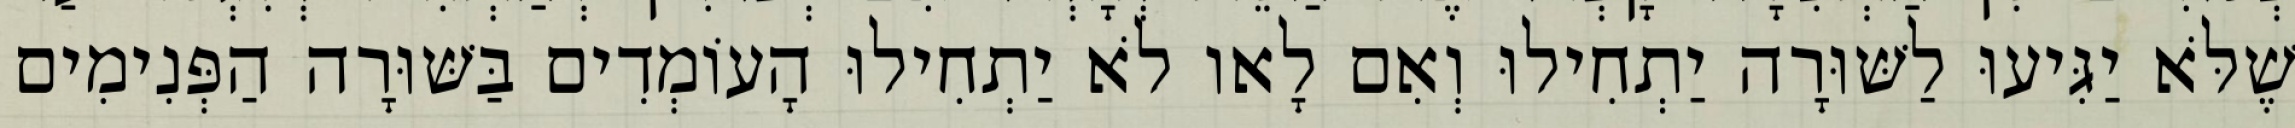
שֶׁלֹּא יַגִּיעוּ לַשּׁוּרָה יַתְחִילוּ וְאִם לָאו לֹא יַתְחִילוּ הָעוֹמְדִים בַּשּׁוּרָה הַפְּנִימִים